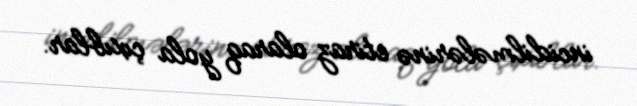
incidilmələrinə etiraz olaraq yola çıxıblar.